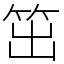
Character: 笜